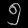
Digit: ၅